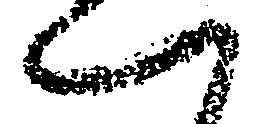
へ